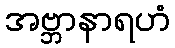
အဗ္ဘာနာရဟံ